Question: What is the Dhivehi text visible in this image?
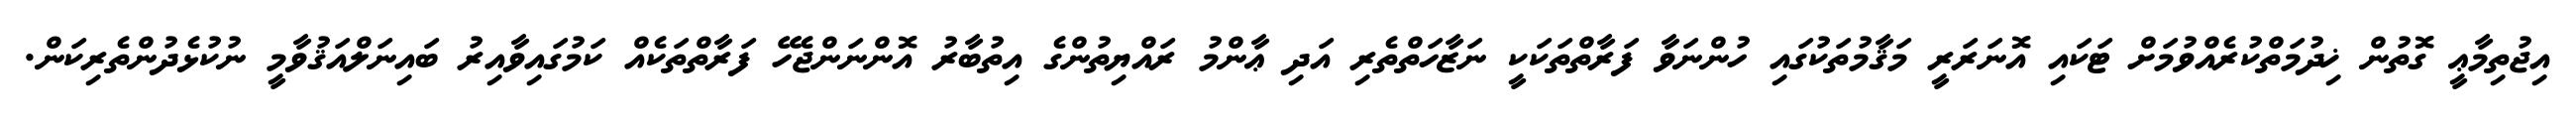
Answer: އިޖުތިމާޢީ ގޮތުން ޚިދުމަތްކުރެއްވުމަށް ޓަކައި އޮނަރަރީ މަޤާމުތަކުގައި ހުންނަވާ ފަރާތްތަކަކީ ނަޒާހަތްތެރި އަދި ޢާންމު ރައްޔިތުންގެ އިތުބާރު އޮންނަންޖެހޭ ފަރާތްތަކެއް ކަމުގައިވާއިރު ބައިނަލްއަޤުވާމީ ނުކުޅެދުންތެރިކަން.